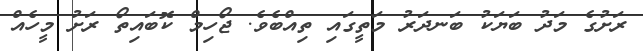
ރަށުގެ މަދު ބަޔަކު ބަނދަރު މަތީގައި ތިއްބެވެ. ޖޯހިމް ކޮބައިތޯ ރަށު މީހެއް